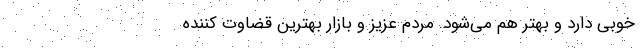
خوبی دارد و ‌بهتر هم می‌شود. مردم عزیز و بازار بهترین قضاوت کننده